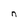
Character: n